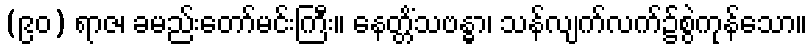
(၉၀) ရာဇ၊ ခမည်းတော်မင်းကြီး။ နေတ္တိံသဗန္ဓာ၊ သန်လျက်လက်၌စွဲကုန်သော။